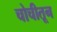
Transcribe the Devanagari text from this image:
चोचीतून